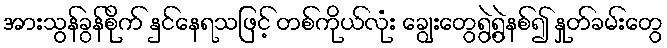
အားသွန်ခွန်စိုက် နှင်နေရသဖြင့် တစ်ကိုယ်လုံး ချွေးတွေရွဲ့ရွဲနစ်၍ နှုတ်ခမ်းတွေ